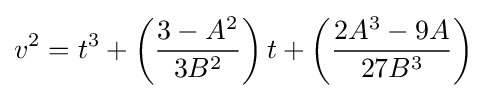
v^{2}=t^{3}+\left({\frac {3-A^{2}}{3B^{2}}}\right)t+\left({\frac {2A^{3}-9A}{27B^{3}}}\right)